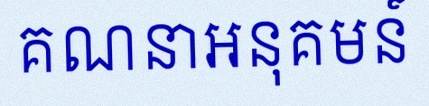
គណនាអនុគមន៍